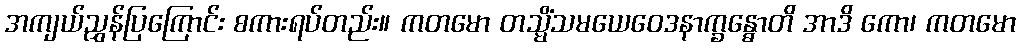
အကျယ်ညွှန်ပြကြောင်း စကားရပ်တည်း။ ကတမော တသ္မိံသမယေဝေဒနာက္ခန္ဓောတိ အာဒိ ကော၊ ကတမော